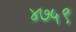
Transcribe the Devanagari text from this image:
४७५९